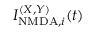
I _ { \mathrm { N M D A } , i } ^ { ( X , Y ) } ( t )